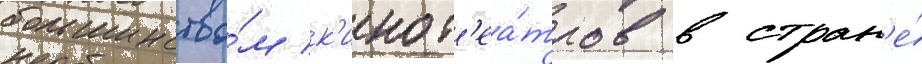
большинство́м к'инот'еа́тров в стран'е́